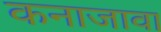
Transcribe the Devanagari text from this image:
कनाजावा